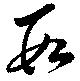
數